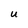
Character: U